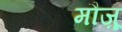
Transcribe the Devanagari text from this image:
मौज़ू